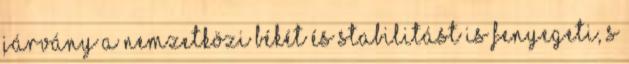
járvány a nemzetközi békét és stabilitást is fenyegeti, s